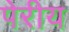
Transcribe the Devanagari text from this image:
पेरीय